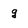
Character: g